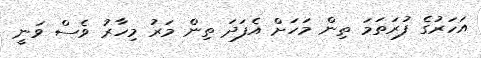
އަހަރުގެ ފުރަތަމަ ތިން މަހަށް އެފަދަ ތިން މަރު މިހާރު ވެސް ވަނީ